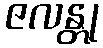
ဇလန္တု